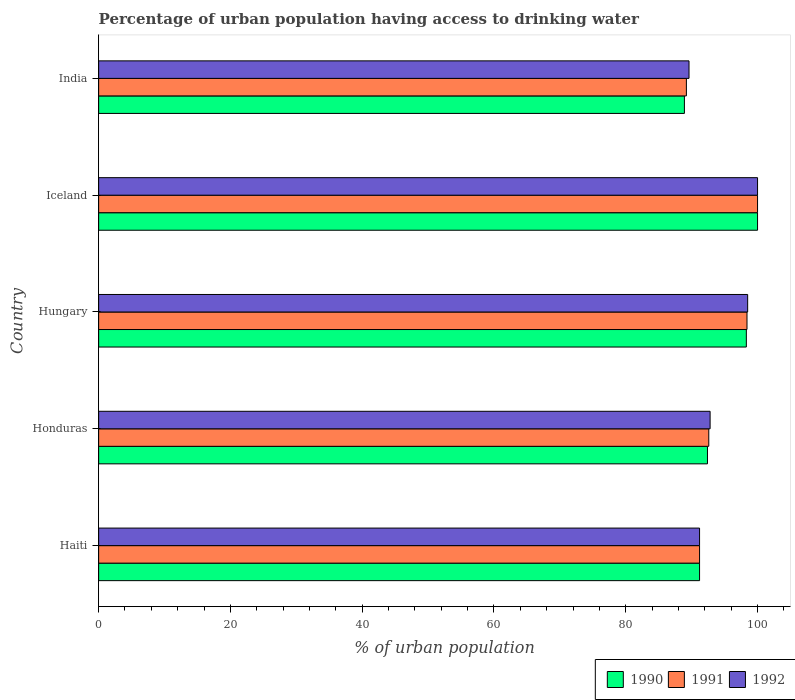
| Country | 1990 | 1991 | 1992 |
 | --- | --- | --- | --- |
 | Haiti | 91.2 | 91.2 | 91.2 |
 | Honduras | 92.4 | 92.6 | 92.8 |
 | Hungary | 98.3 | 98.4 | 98.5 |
 | Iceland | 100 | 100 | 100 |
 | India | 88.9 | 89.2 | 89.6 |